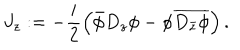
J _ { z } : = - \frac { i } { 2 } \left( \bar { \phi } D _ { z } \phi - \phi \overline { { { D _ { \bar { z } } \phi } } } \right) .